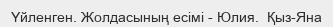
Үйленген. Жолдасының есімі - Юлия.  Қыз-Яна